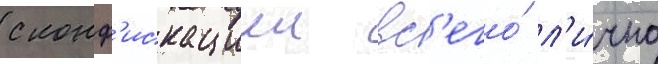
с конф'искациеи вс'его́ л'и́чно